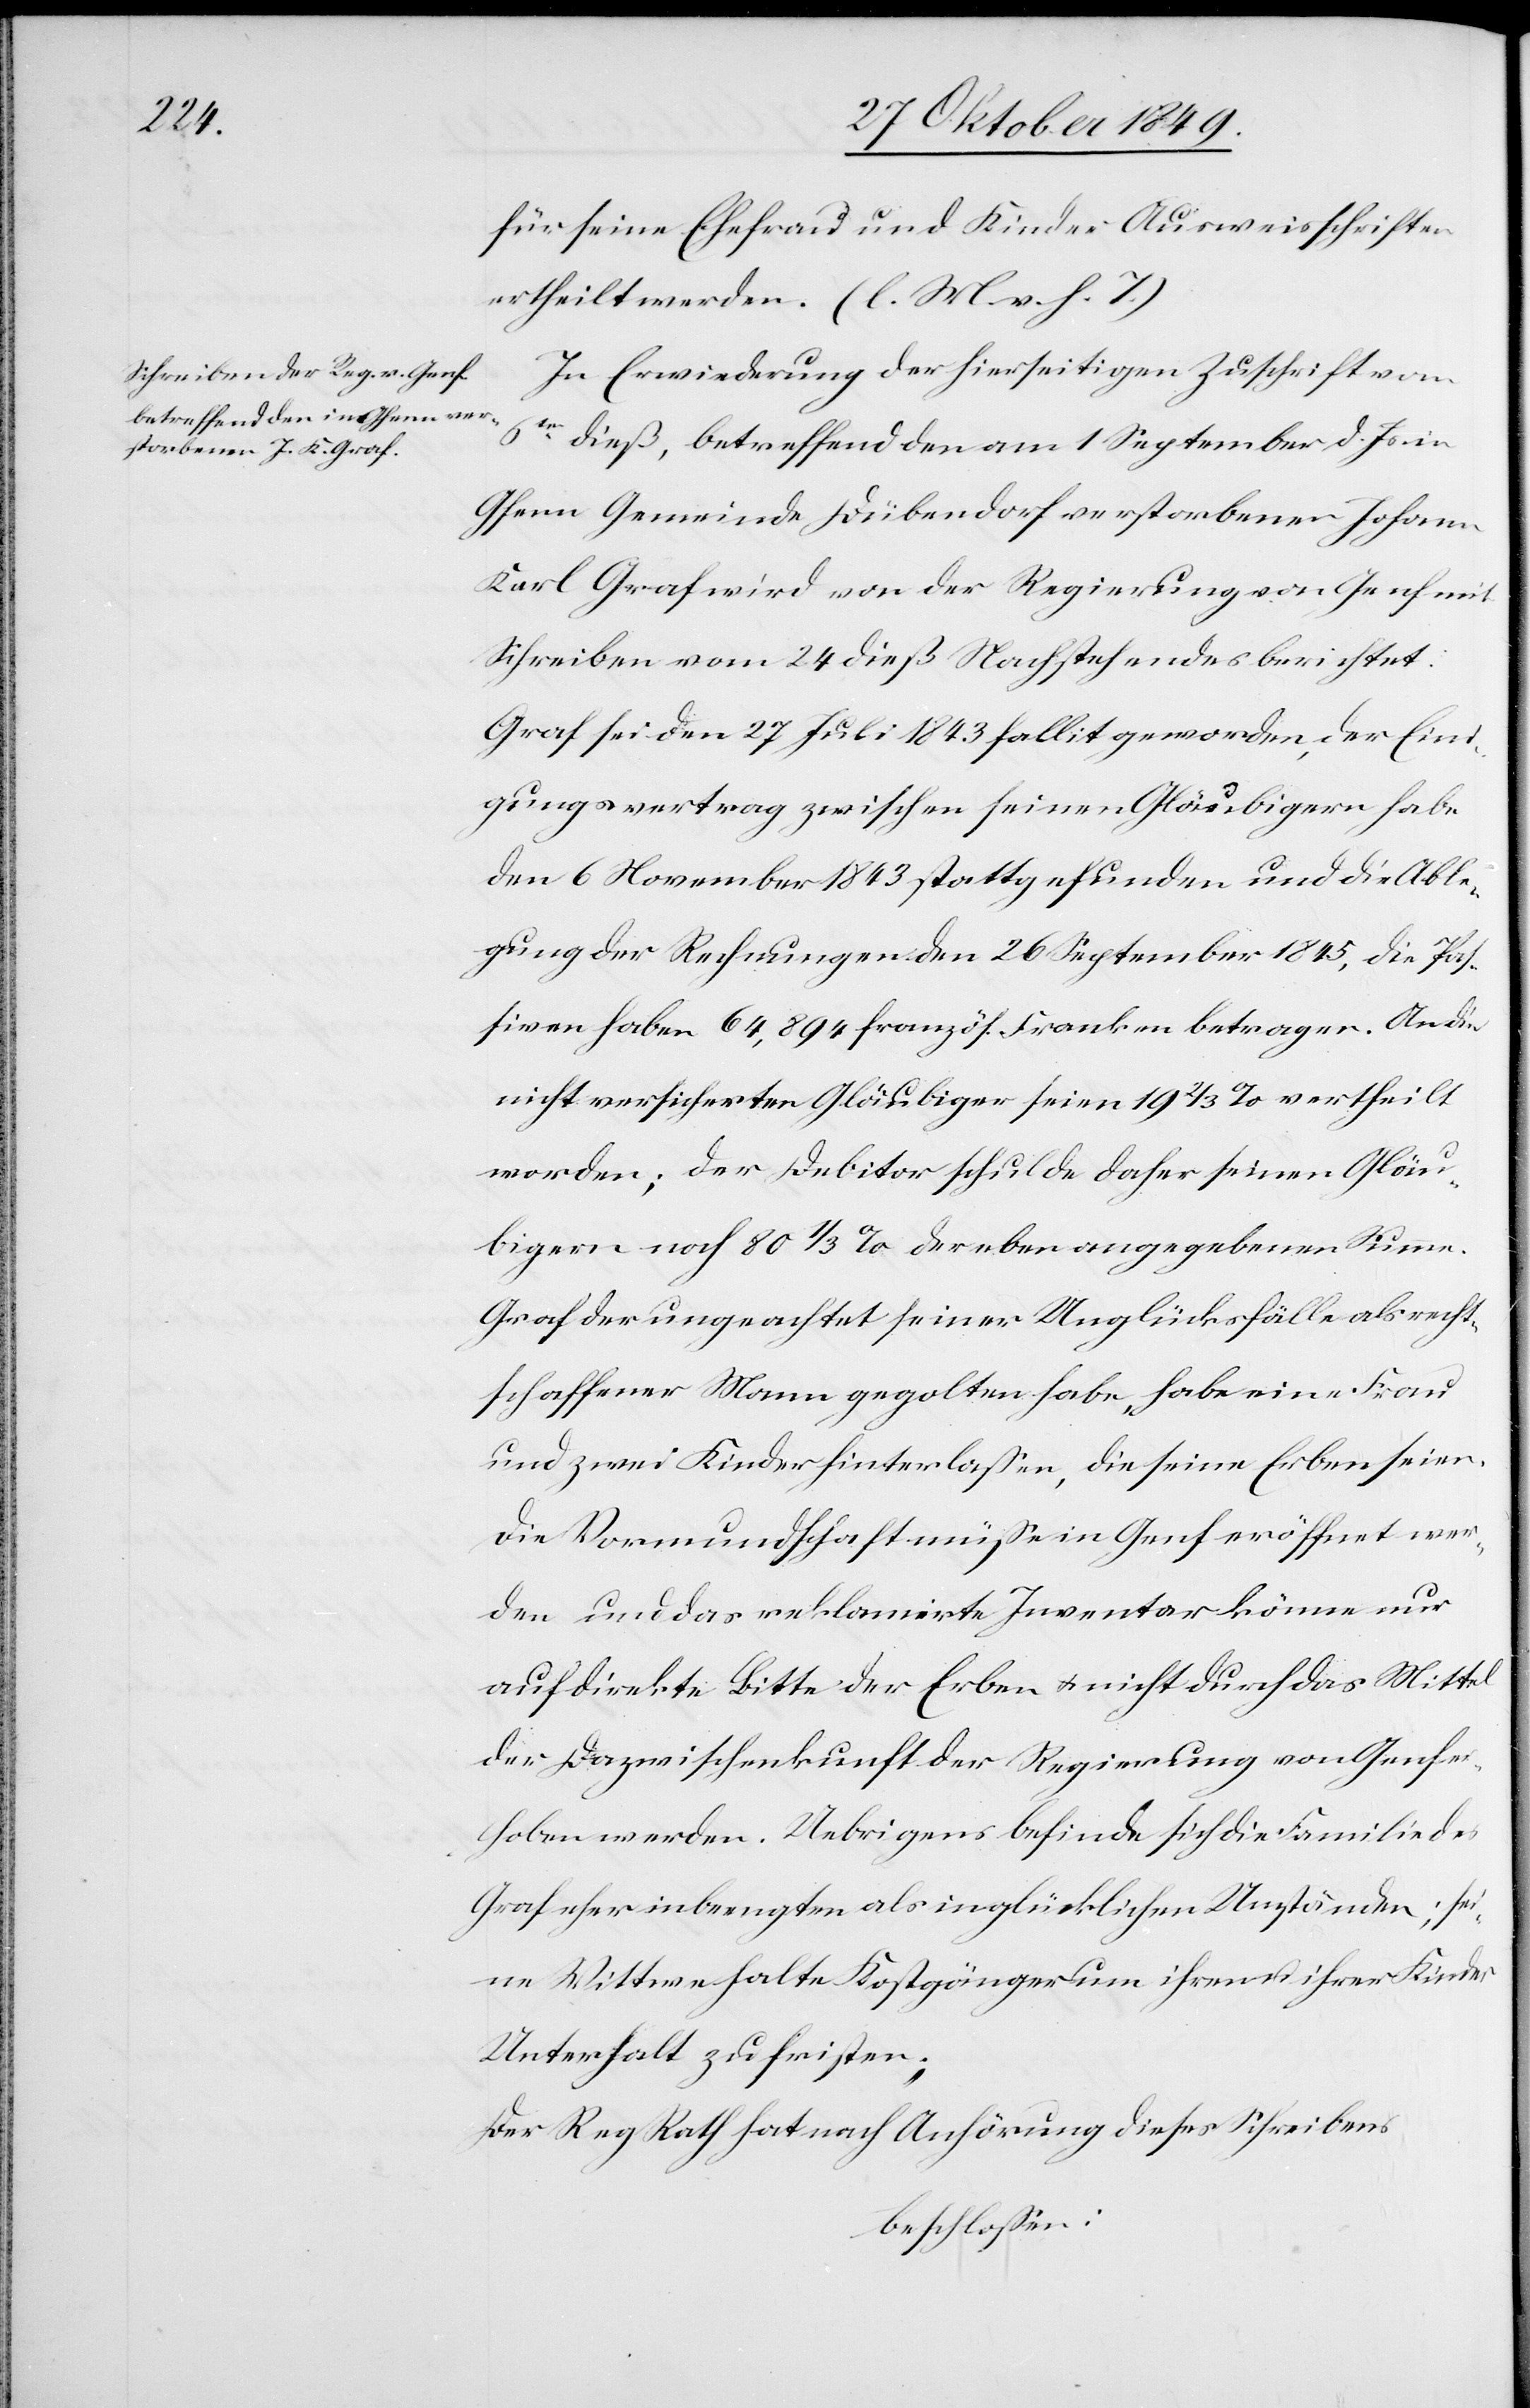
für seine Ehefrau und Kinder Ausweisschriften
ertheilt werden. [l. M. v. h. T]
In Erwiederung der hierseitigen Zuschrift vom
6ten dieß, betreffend den am 1 September d. Js. in
Gfenn Gemeinde Dübendorf verstorbenen Johann
Karl Graf wird von der Regierung von Genf mit
Schreiben vom 24 dieß Nachstehendes berichtet:
Graf sei den 27 Juli 1843 fallit geworden, der Eini¬
gungsvertrag zwischen seinen Gläubigern habe
den 6 November 1843 stattgefunden und die Able¬
gung der Rechnung den 26 September 1845, die Pos¬
itiven haben 64,894 französ. Franken betragen. An die
nicht versicherten Gläubiger seien 19 2/3% vertheilt
worden; der Debitor schulde daher seinen Gläu¬
bigern noch 80 1/3% der eben angegebenen Summe.
Graf der ungeachtet seiner Unglücksfälle als recht¬
schaffener Mann gegolten habe, habe eine Frau
und zwei Kinder hinterlaßen, die seine Erben seien.
Die Vormundschaft müße in Genf eröffnet wer¬
den und das reklamirte Inventar könne nur
auf direkte Bitte der Erben u. nicht durch das Mittel
der Dazwischenkunft der Regierung von Genf er¬
hoben werden. Uebrigens befinde sich die Familie des
Graf eher in beengten und unglücklichen Umständen; sei¬
ne Wittwe halte Kostgänger um ihren u. ihrer Kinder
Unterhalt zu fristen;
Der Reg. Rath hat nach Anhörung dieses Schreibens
beschloßen: